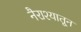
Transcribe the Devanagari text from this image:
नैराश्यातून